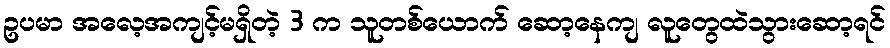
ဥပမာ အလေ့အကျင့်မရှိတဲ့ 3 က သူတစ်ယောက် ဆော့နေကျ လူတွေထဲသွားဆော့ရင်